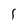
Character: 1